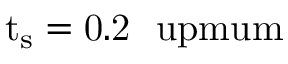
\mathrm { { t _ { s } = 0 . 2 \ \ u p m u m } }